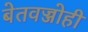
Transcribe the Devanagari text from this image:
बेतवज्जोही